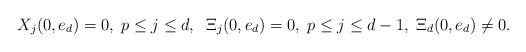
LaTeX: \begin{align*}X _j(0,e_d)=0,\;p\leq j\leq d,\;\;\Xi_j(0,e_d)=0,\;p\leq j\leq d-1,\;\Xi_d(0,e_d)\neq 0.\end{align*}